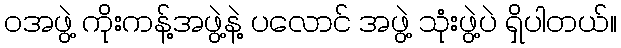
ဝအဖွဲ့ ကိုးကန့်အဖွဲ့နဲ့ ပလောင် အဖွဲ့ သုံးဖွဲ့ပဲ ရှိပါတယ်။